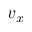
v _ { x }